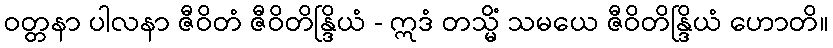
ဝတ္တနာ ပါလနာ ဇီဝိတံ ဇီဝိတိန္ဒြိယံ - ဣဒံ တသ္မိံ သမယေ ဇီဝိတိန္ဒြိယံ ဟောတိ။